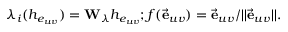
\lambda _ { i } ( h _ { e _ { u v } } ) = \mathbf { W } _ { \lambda } h _ { e _ { u v } } ; f ( \vec { \mathbf { e } } _ { u v } ) = \vec { \mathbf { e } } _ { u v } / | | \vec { \mathbf { e } } _ { u v } | | .